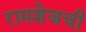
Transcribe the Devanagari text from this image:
रामशेजची